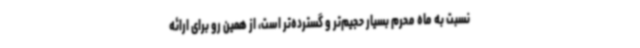
نسبت به ماه محرم بسیار حجیم‌تر و گسترده‌تر است، از همین رو برای ارائه